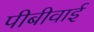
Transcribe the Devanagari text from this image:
पीबीवाई